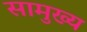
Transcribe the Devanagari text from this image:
सामुख्य